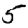
Digit: 5